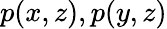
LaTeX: p(x,z),p(y,z)